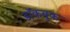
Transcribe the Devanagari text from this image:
डॉकबुक